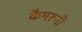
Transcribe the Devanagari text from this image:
कैमरूनी